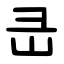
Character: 㞪